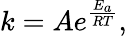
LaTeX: k=Ae^{\frac{E_{a}}{RT}},